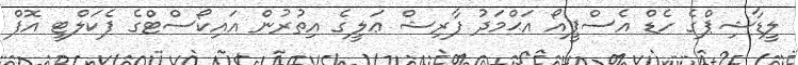
ލީޑާޝިޕްގެ ހެޑް އެސްޕީއޯ އަޙްމަދު ފާރިޝް ޢަލީގެ އިތުރުން އައިކޯސްޓްގެ ފެކަލްޓީ އޮފް